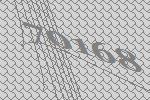
70168